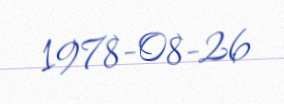
1978-08-26